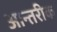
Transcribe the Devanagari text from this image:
आन्तरीक